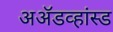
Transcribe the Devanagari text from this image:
अॲडव्हांस्ड